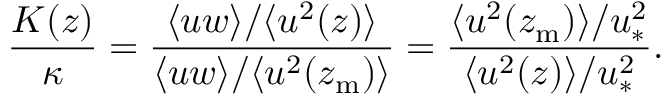
\frac { K ( z ) } { \kappa } = \frac { \langle u w \rangle / \langle u ^ { 2 } ( z ) \rangle } { \langle u w \rangle / \langle u ^ { 2 } ( z _ { \mathrm { m } } ) \rangle } = \frac { \langle u ^ { 2 } ( z _ { \mathrm { m } } ) \rangle / u _ { \ast } ^ { 2 } } { \langle u ^ { 2 } ( z ) \rangle / u _ { \ast } ^ { 2 } } .